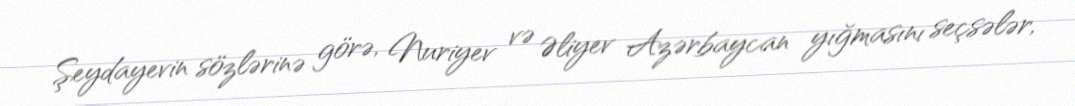
Şeydayevin sözlərinə görə, Nuriyev və Əliyev Azərbaycan yığmasını seçsələr,